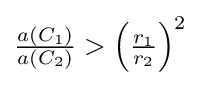
{\textstyle {\frac {a(C_{1})}{a(C_{2})}}>\left({\frac {r_{1}}{r_{2}}}\right)^{2}}